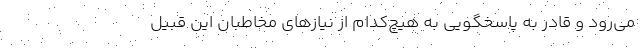
می‌رود و قادر به پاسخگویی به هیچ‌کدام از نیازهای مخاطبان این قبیل